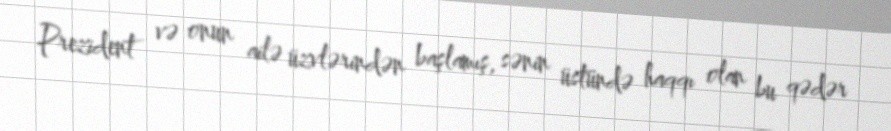
Prezident və onun ailə üzvlərindən başlamış, sənin üstündə haqqı olan bu qədər